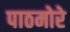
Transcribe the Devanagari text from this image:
पाठमोरे